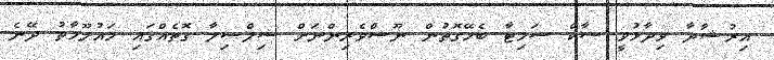
އިރުޝާދާ ވިދާޅުވީ ސާކް ސަމިޓާ ބެހޭގޮތުން ނޫސްވެެރިންނަށް ސިލްސިލާ ގޮތެއްގައި މައުލޫމާތު ދޭނެ